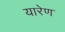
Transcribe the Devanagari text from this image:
यारेण